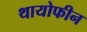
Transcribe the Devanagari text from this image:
थायोफीन